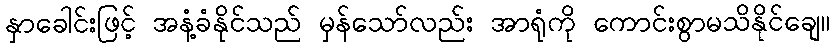
နှာခေါင်းဖြင့် အနံ့ခံနိုင်သည် မှန်သော်လည်း အာရုံကို ကောင်းစွာမသိနိုင်ချေ။